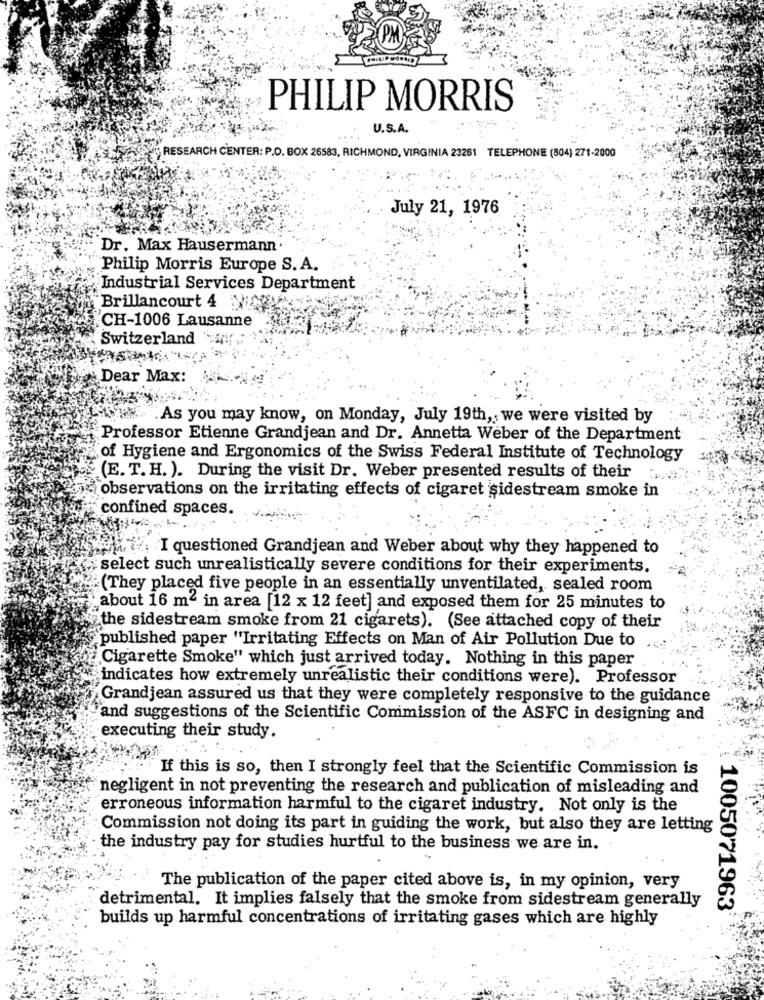
PHILIP MORRIS
U.S.A.
RESEARCH CENTER: P.O. BOX 26583, RICHMOND, VIRGINIA 23261 TELEPHONE (804) 271-2000
July 21, 1976
Dr. Max Hausermann
Philip Morris Europe S. A.
Industrial Services Department
Brillancourt 4
CH-1006 Lausanne
Switzerland
Dear Max:
How As you may know, on Monday, July 19th, we were visited by
Professor Etienne Grandjean and Dr. Annetta Weber of the Department
of Hygiene and Ergonomics of the Swiss Federal Institute of Technology
(E. T. H. ). During the visit Dr. Weber presented results of their
observations on the irritating effects of cigaret sidestream smoke in
confined spaces.
x. I questioned Grandjean and Weber about why they happened to
select such unrealistically severe conditions for their experiments.
(They placed five people in an essentially unventilated, sealed room
about 16 m2 in area [12 x 12 feet] and exposed them for 25 minutes to
the sidestream smoke from 21 cigarets). (See attached copy of their
published paper "Irritating Effects on Man of Air Pollution Due to
Cigarette Smoke" which just arrived today. Nothing in this paper
indicates how extremely unrealistic their conditions were). Professor
Grandjean assured us that they were completely responsive to the guidance
and suggestions of the Scientific Commission of the ASFC in designing and
executing their study.
If this is so, then I strongly feel that the Scientific Commission is
negligent in not preventing the research and publication of misleading and
erroneous information harmful to the cigaret industry. Not only is the
Commission not doing its part in guiding the work, but also they are letting
the industry pay for studies hurtful to the business we are in.
The publication of the paper cited above is, in my opinion, very
detrimental. It implies falsely that the smoke from sidestream generally
1005071963
builds up harmful concentrations of irritating gases which are highly